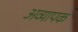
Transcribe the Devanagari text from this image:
अव्यापक